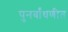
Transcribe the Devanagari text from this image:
पुनर्बांधणीत